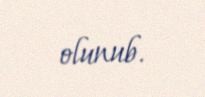
olunub.